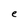
Character: e